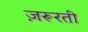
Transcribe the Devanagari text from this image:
ज़रूरती